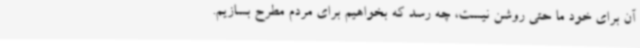
آن برای خود ما حتی روشن نیست، چه رسد که بخواهیم برای مردم مطرح بسازیم.